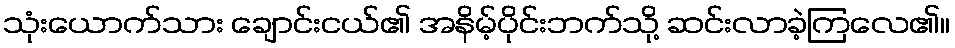
သုံးယောက်သား ချောင်းငယ်၏ အနိမ့်ပိုင်းဘက်သို့ ဆင်းလာခဲ့ကြလေ၏။